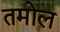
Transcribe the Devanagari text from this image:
तमोल